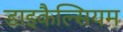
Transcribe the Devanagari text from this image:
डाइकैल्सियम